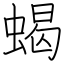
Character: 蝎